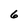
Character: 6